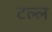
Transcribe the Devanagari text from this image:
टल्ल